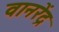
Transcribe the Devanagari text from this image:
वानरेंद्र